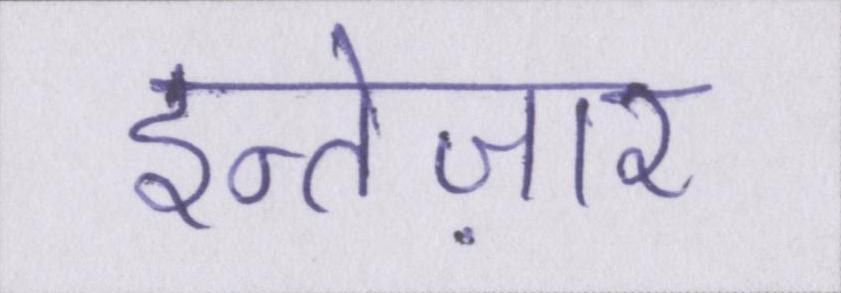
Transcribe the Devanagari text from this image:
इन्तेज़ार